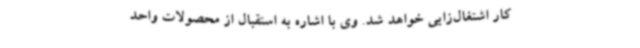
کار اشتغال‌زایی خواهد شد. وی با اشاره به استقبال از محصولات واحد